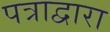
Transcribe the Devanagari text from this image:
पत्राद्वारा